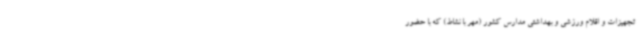
تجهیزات و اقلام ورزشی و بهداشتی مدارس کشور (مهر با نشاط) که با حضور